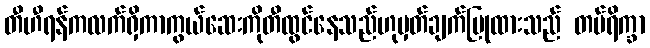
တီဟီရန်ကလက်ရှိကာကွယ်ဆေးကိုတီထွင်နေသည်ဟုမှတ်ချက်ပြုထားသည် တပ်ရိက္ခာ